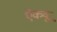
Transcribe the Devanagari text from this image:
ऐकवू